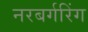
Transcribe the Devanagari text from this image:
नरबर्गरिंग